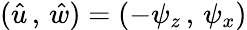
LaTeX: (\hat{u}\, ,\, \hat{w})=(-\psi_{z}\, ,\, \psi_{x})